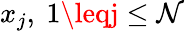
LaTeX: x_{j},\ 1\leqj\leq\mathcal{N}